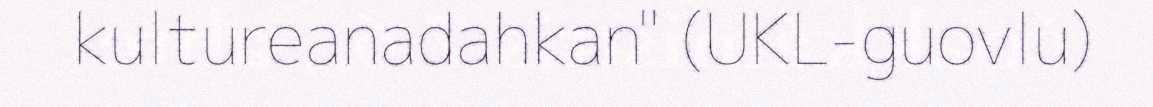
kultureanadahkan" (UKL-guovlu)